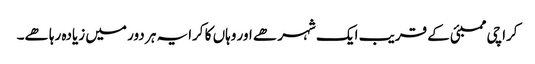
کراچی ممبئی کے قریب ایک شہر ھے اور وہاں کا کرایہ ہر دور میں زیادہ رہا ھے۔